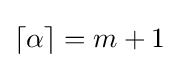
{\textstyle \left\lceil \alpha \right\rceil =m+1}